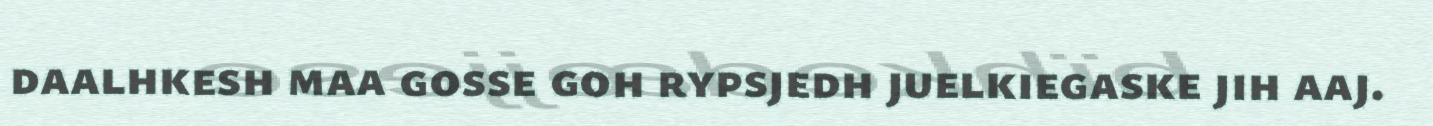
daalhkesh maa gosse goh rypsjedh juelkiegaske jih aaj.